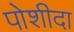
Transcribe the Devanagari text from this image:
पोशीदा